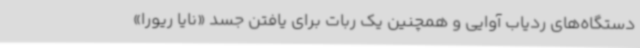
دستگاه‌های ردیاب آوایی و همچنین یک ربات برای یافتن جسد «نایا ریورا»